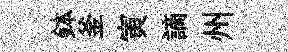
鉢釜寅謫州